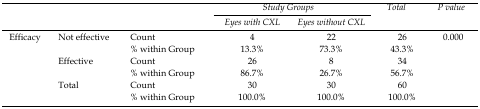
| <ROWSPAN=3-COLSPAN=3>  | <COLSPAN=2> Study Groups | Total | P value |
 | Eyes with CXL | Eyes without CXL |
 | --- | --- | --- | --- | --- | --- | --- |
 | <ROWSPAN=6> Efficacy | <ROWSPAN=2> Not effective | Count | 4 | 22 | 26 | 0.000 |
 | % within Group | 13.3% | 73.3% | 43.3% |
 | <ROWSPAN=2> Effective | Count | 26 | 8 | 34 |
 | % within Group | 86.7% | 26.7% | 56.7% |
 | <ROWSPAN=2> Total | Count | 30 | 30 | 60 |  |
 | % within Group | 100.0% | 100.0% | 100.0% |  |